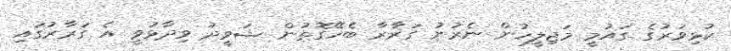
ކުޅިވަރުގެ ގައުމީ މަޖިލީހުން ނެރުނު ގަރާރާ ބެހޭގޮތުން ޝަވީދު ވިދާޅުވީ އެ ގަރާރުގައި